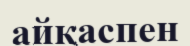
айқаспен